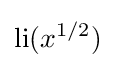
\operatorname {li} (x^{1/2})